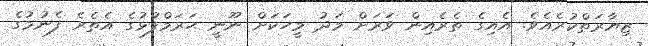
ޒިޔާރަތްކުރެއެވެ. އެއިގެ ތެރެއިން ވަރަށް މަދު މީހަކަށް ނޫނީ ޙަރަމްފުޅުގެ އެތެރެ ފެނުމުގެ